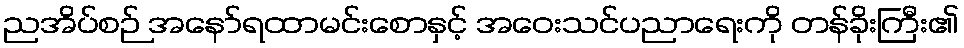
ညအိပ်စဉ် အနော်ရထာမင်းစောနှင့် အဝေးသင်ပညာရေးကို တန်ခိုးကြီး၏